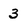
Character: 3